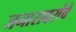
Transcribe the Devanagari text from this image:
जनारावरांचे